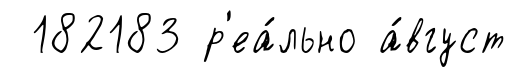
182183 р'еа́льно а́вгуст